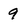
Character: 9